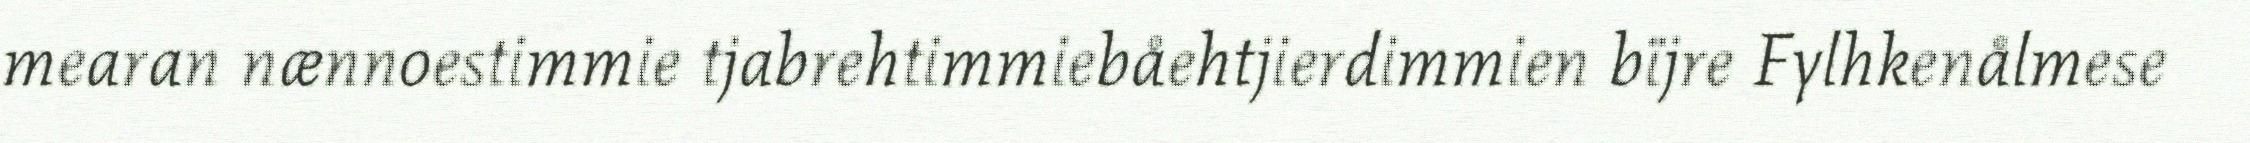
mearan nænnoestimmie tjabrehtimmiebåehtjierdimmien bïjre Fylhkenålmese